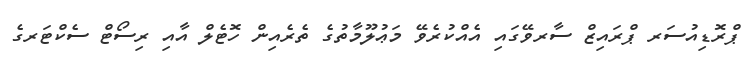
ޕްރޮޑިއުސަރ ޕްރައިޒް ސާރވޭގައި އެއްކުރެވޭ މަޢުލޫމާތުގެ ތެރެއިން ހޮޓެލް އާއި ރިސޯޓް ސެކްޓަރގެ